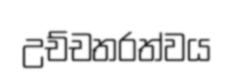
උච්චතරත්වය